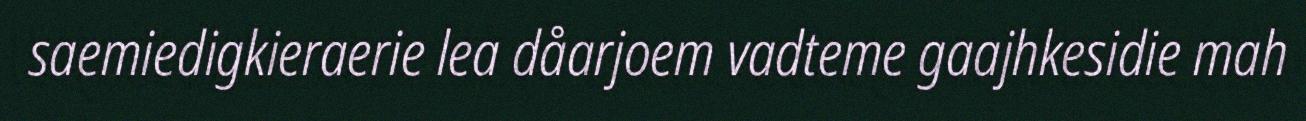
saemiedigkieraerie lea dåarjoem vadteme gaajhkesidie mah